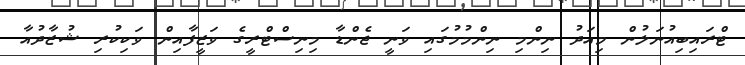
ޓްރައިބިއުނަލުން މިއަދު ނިންމި ނިންމުމުގައި ވަނީ ޖެންޑާ މިނިސްޓްރީގެ ވަޒީފާއިން ވަކިކުރި ޝުޒާދުއާ